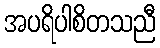
အပရိပါစိတသညီ